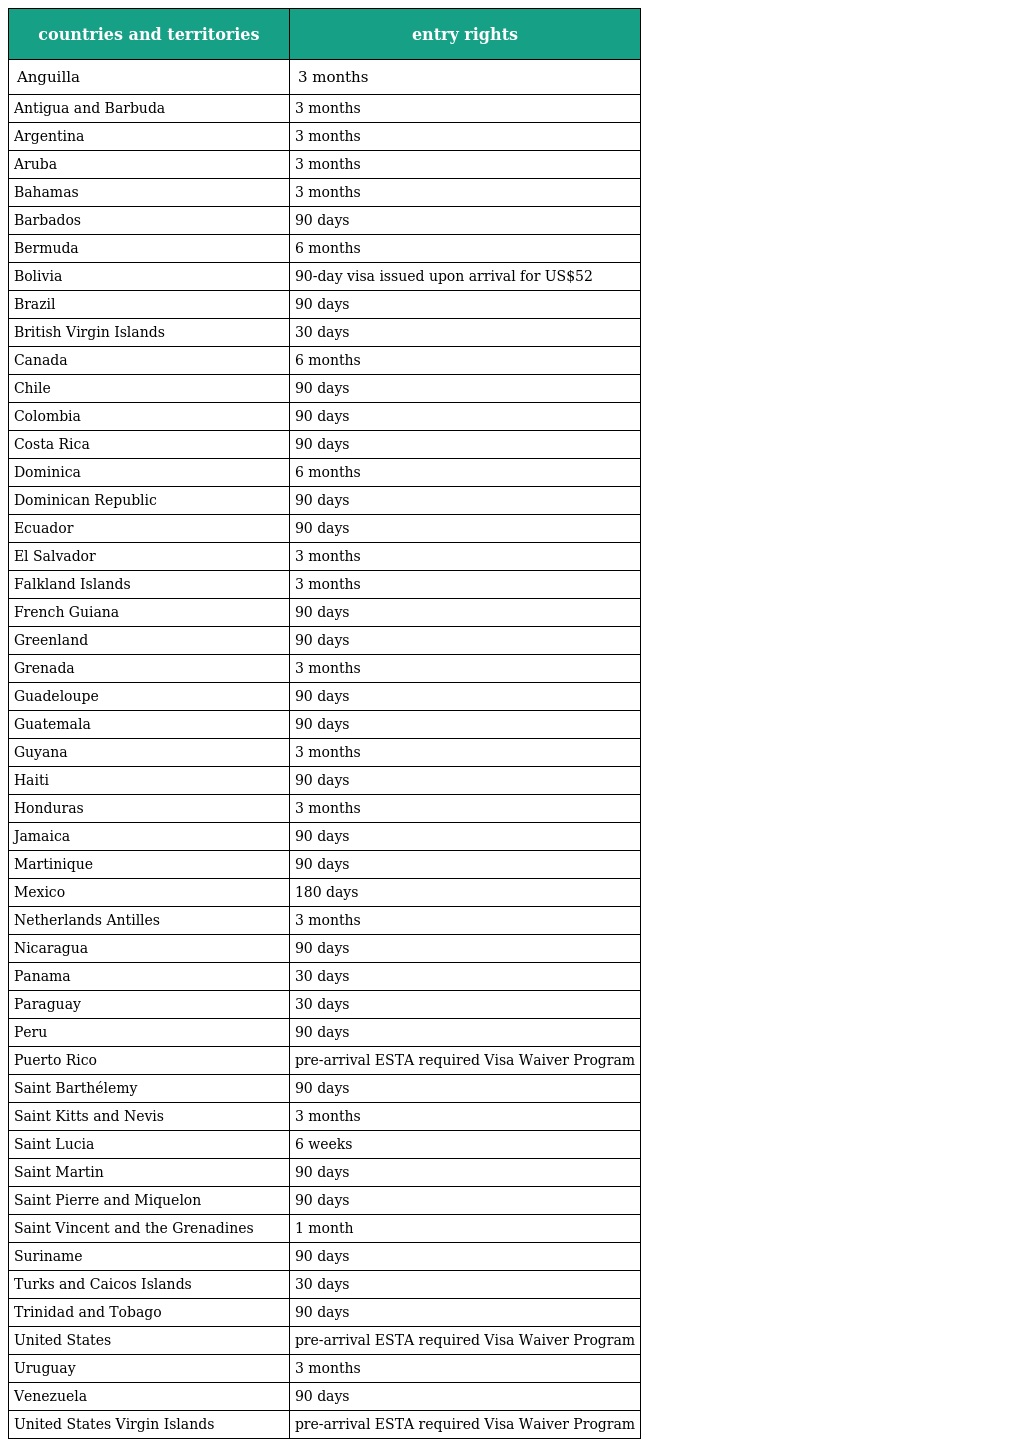
| countries and territories | entry rights |
 | --- | --- |
 | Anguilla | 3 months |
 | Antigua and Barbuda | 3 months |
 | Argentina | 3 months |
 | Aruba | 3 months |
 | Bahamas | 3 months |
 | Barbados | 90 days |
 | Bermuda | 6 months |
 | Bolivia | 90-day visa issued upon arrival for US$52 |
 | Brazil | 90 days |
 | British Virgin Islands | 30 days |
 | Canada | 6 months |
 | Chile | 90 days |
 | Colombia | 90 days |
 | Costa Rica | 90 days |
 | Dominica | 6 months |
 | Dominican Republic | 90 days |
 | Ecuador | 90 days |
 | El Salvador | 3 months |
 | Falkland Islands | 3 months |
 | French Guiana | 90 days |
 | Greenland | 90 days |
 | Grenada | 3 months |
 | Guadeloupe | 90 days |
 | Guatemala | 90 days |
 | Guyana | 3 months |
 | Haiti | 90 days |
 | Honduras | 3 months |
 | Jamaica | 90 days |
 | Martinique | 90 days |
 | Mexico | 180 days |
 | Netherlands Antilles | 3 months |
 | Nicaragua | 90 days |
 | Panama | 30 days |
 | Paraguay | 30 days |
 | Peru | 90 days |
 | Puerto Rico | pre-arrival ESTA required Visa Waiver Program |
 | Saint Barthélemy | 90 days |
 | Saint Kitts and Nevis | 3 months |
 | Saint Lucia | 6 weeks |
 | Saint Martin | 90 days |
 | Saint Pierre and Miquelon | 90 days |
 | Saint Vincent and the Grenadines | 1 month |
 | Suriname | 90 days |
 | Turks and Caicos Islands | 30 days |
 | Trinidad and Tobago | 90 days |
 | United States | pre-arrival ESTA required Visa Waiver Program |
 | Uruguay | 3 months |
 | Venezuela | 90 days |
 | United States Virgin Islands | pre-arrival ESTA required Visa Waiver Program |